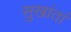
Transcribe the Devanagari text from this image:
सुखांतां